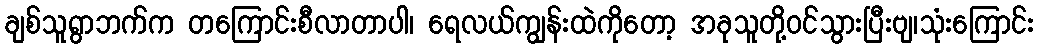
ချစ်သူရွာဘက်က တကြောင်းစီလာတာပါ၊ ရေလယ်ကျွန်းထဲကိုတော့ အခုသူတို့ဝင်သွားပြီးဗျ၊သုံးကြောင်း